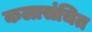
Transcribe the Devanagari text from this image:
कलासंचित